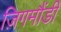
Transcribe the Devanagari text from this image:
ज़िगमौंडी